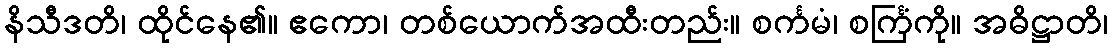
နိသီဒတိ၊ ထိုင်နေ၏။ ဧကော၊ တစ်ယောက်အထီးတည်း။ စင်္ကမံ၊ စင်္ကြံကို။ အဓိဋ္ဌာတိ၊